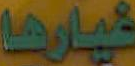
غيارها